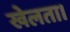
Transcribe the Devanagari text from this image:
खेलता।